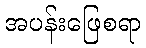
အပန်းဖြေစရာ